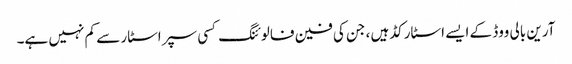
آرین بالی ووڈ کے ایسے اسٹارکڈ ہیں ، جن کی فین فالوئنگ کسی سپراسٹار سے کم نہیں ہے۔